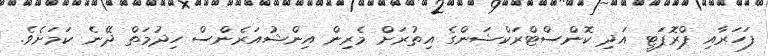
ފަހަރާއި ޕްރޮޕަޓީ އަދި ކޮންސްޓްރަކްޝަންގެ އިތުރަށް މެރިން އިންޝުއަރެންސް ހިދުމަތް ދޭނެ ކަމަށެވެ.